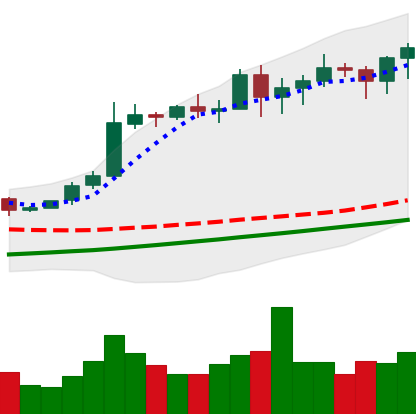
Ticker: BTC-USD
Chart end date: 2020-11-04
Forward return: 8.481%
Label: up_7plus